Annual report of the Madras Medical College
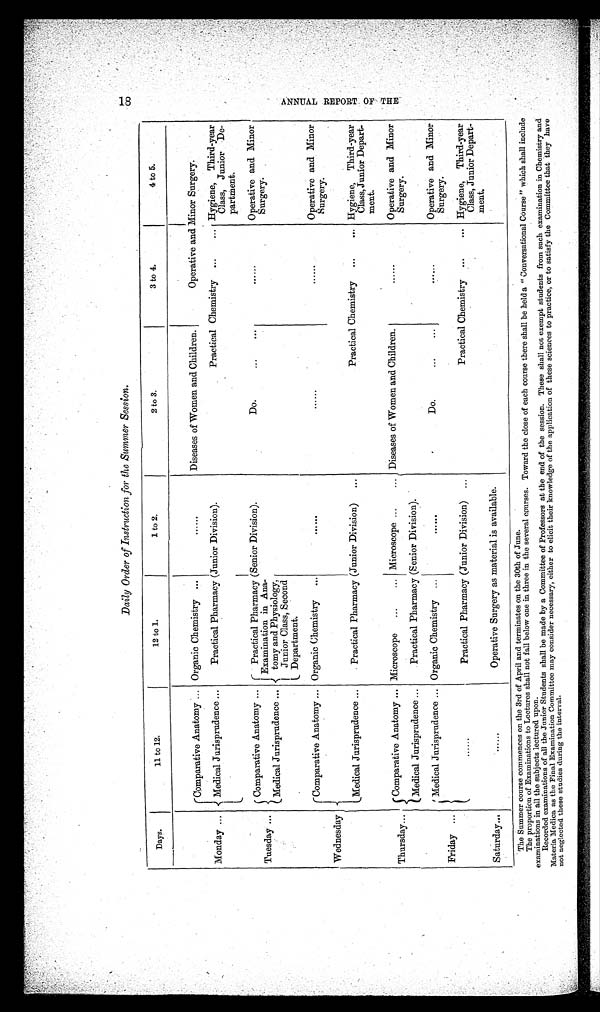
18 ANNUAL REPORT OF THE
Daily Order of Instruction for the Summer Session.
Days.
11 to 12.
12 to 1.
1 to 2.
2 to 3.
3 to 4.
4 to 5.
Monday ...
Comparative Anatomy ... Organic Chemistry ...
......
Diseases of Women and Children.
Operative and Minor Surgery.
Medical Jurisprudence ...
Practical Pharmacy (Junior Division).
Practical Chemistry ...
... Hygiene, Third-year
Class, Junior De-
partment.
Tuesday ...
Comparative Anatomy ...
Practical Pharmacy (Senior Division).
Examination in Ana-
tomy and Physiology,
Junior Class, Second
Department.
Do.
...
......
Operative and Minor
Surgery.
Medical Jurisprudence ...
Wednesday
Comparative Anatomy ... Organic Chemistry
...
..................
Operative and Minor
Surgery.
Medical Jurisprudence ...
Practical Pharmacy (Junior Division)
...
Practical Chemistry ...
... Hygiene, Third-year
Class, Junior Depart-
ment.
Thursday...
Comparative Anatomy ... Microscope
...
... Microscope ...
Diseases of Women and Children.
......
Operative and Minor
Surgery.
Medical Jurisprudence ...
Practical Pharmacy (Senior Division).
Friday ...
Medical Jurisprudence ... Organic Chemistry ...
......
Do.
...
.......
Operative and Minor
Surgery.
.....
Practical Pharmacy (Junior Division) ...
Practical Chemistry ...
... Hygiene, Third-year
Class, Junior Depart-
ment.
Saturday...
......
Operative Surgery as material is available.
The Summer course commences on the 3rd of April and terminates on the 30th of June.
The proportion of Examinations to Lectures shall not fall below one in three in the several courses. Toward the close of each course there shall be held a "Conversational Course" which shall include
examinations in all the subjects lectured upon.
Recorded examinations of all the Junior Students shall be made by a Committee of Professors at the end of the session. These shall not exempt students from such examination in Chemistry and
Materia Medica as the Final Examination Committee may consider necessary, either to elicit their knowledge of the application of these sciences to practice, or to satisfy the Committee that they have
not neglected these studies during the interval.